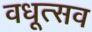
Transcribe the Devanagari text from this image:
वधूत्सव